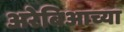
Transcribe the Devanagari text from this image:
अरेबिआच्या